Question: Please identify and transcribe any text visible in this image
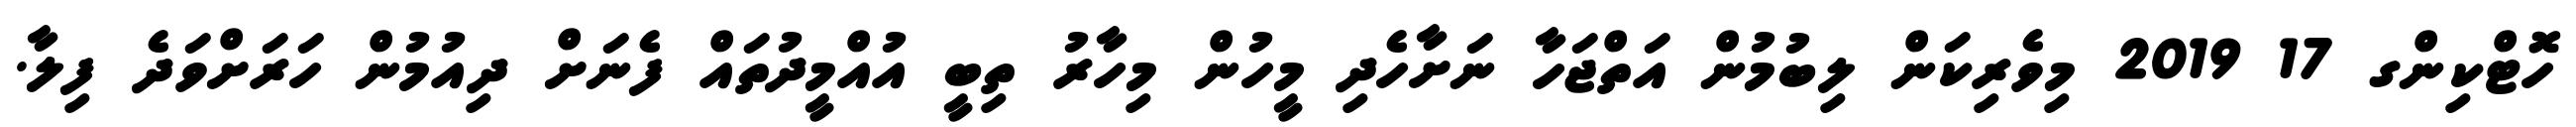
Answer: ހޮޓްކިންގ 17 2019 މިވެރިކަން ލިބުމުން އަތްޖަހާ ނަށާހެދި މީހުން މިހާރު ތިބީ އުއްމީދުތައް ފެނަށް ދިއުމުން ހަރަށްވަދެ ފިލާ.